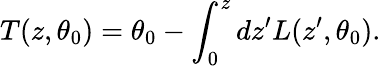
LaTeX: T(z,\theta_{0})=\theta_{0}-\int_{0}^{z}dz^{\prime}L(z^{\prime},\theta_{0}).